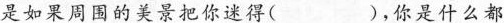
是如果周围的美景把你迷得( )，你是什么都